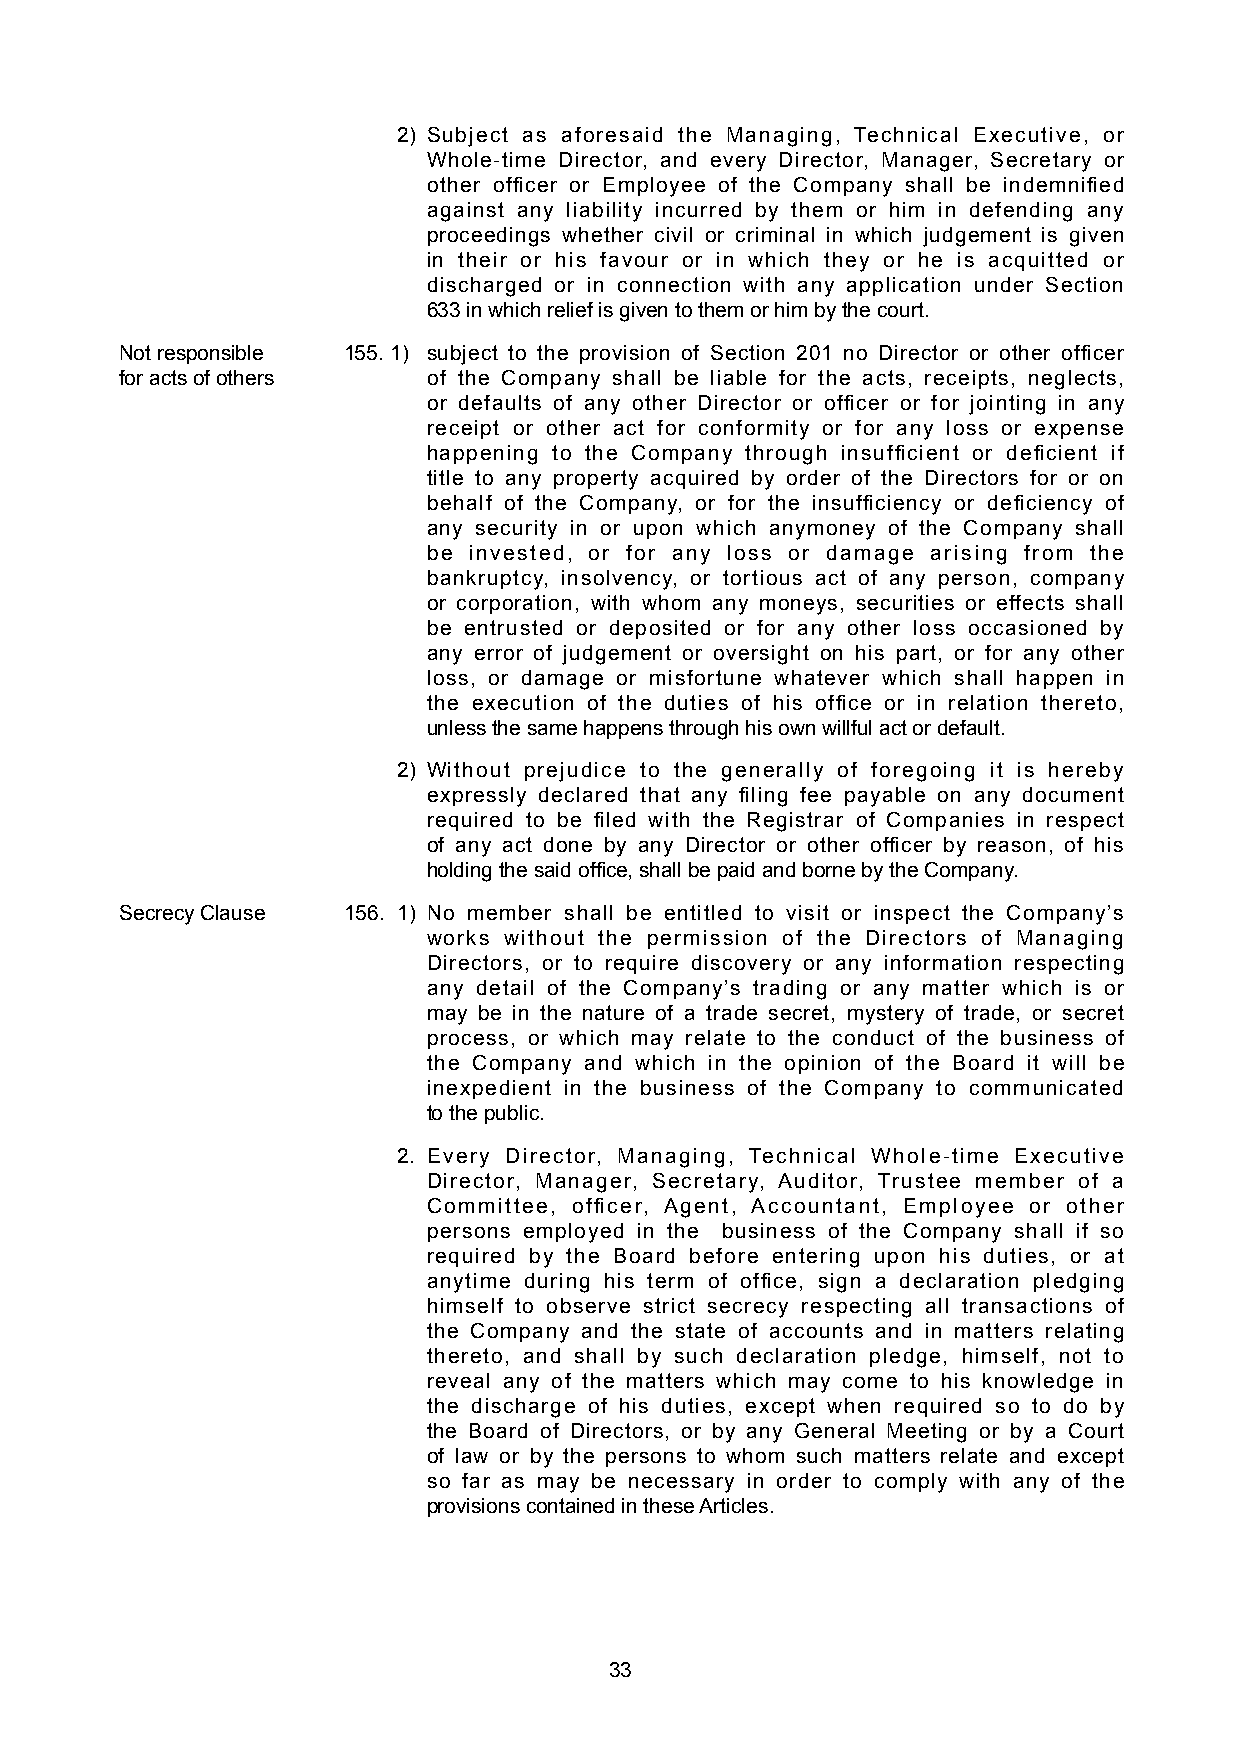
2) Subject as aforesaid the Managing, Technical Executive, or
 Whole- time Director, and every Director, Manager, Secretary or
 other officer or Employee of the Company shall be indemnified
 against any liability incurred by them or him in defending any
 proceedings whether civil or criminal in which judgement is given
 in their or his favour or in which they or he is acquitted or
 discharged or in connection with any application under Section
 633 in which relief is given to them or him by the court.
 Not responsible 155. 1) subject to the provision of Section 201 no Director or other officer
 for acts of others  of the Company shall be liable for the acts, receipts, neglects,
 or defaults of any other Director or officer or for jointing in any
 receipt or other act for conformity or for any loss or expense
 happening to the Company through insufficient or deficient if
 title to any property acquired by order of the Directors for or on
 behalf of the Company, or for the insufficiency or deficiency of
 any security in or upon which anymoney of the Company shall
 be invested, or for any loss or damage arising from the
 bankruptcy, insolvency, or tortious act of any person, company
 or corporation, with whom any moneys, securities or effects shall
 be entrusted or deposited or for any other loss occasioned by
 any error of judgement or oversight on his part, or for any other
 loss, or damage or misfortune whatever which shall happen in
 the execution of the duties of his office or in relation thereto,
 unless the same happens through his own willful act or default.
 2) Without prejudice to the generally of foregoing it is hereby
 expressly declared that any filing fee payable on any document
 required to be filed with the Registrar of Companies in respect
 of any act done by any Director or other officer by reason, of his
 holding the said office, shall be paid and borne by the Company.
 Secrecy Clause 156. 1) No member shall be entitled to visit or inspect the Company’s
 works without the permission of the Directors of Managing
 Directors, or to require discovery or any information respecting
 any detail of the Company’s trading or any matter which is or
 may be in the nature of a trade secret, mystery of trade, or secret
 process, or which may relate to the conduct of the business of
 the Company and which in the opinion of the Board it will be
 inexpedient in the business of the Company to communicated
 to the public.
 2. Every Director, Managing, Technical Whole-time Executive
 Director, Manager, Secretary, Auditor, Trustee member of a
 Committee, officer, Agent, Accountant, Employee or other
 persons employed in the business of the Company shall if so
 required by the Board before entering upon his duties, or at
 anytime during his term of office, sign a declaration pledging
 himself to observe strict secrecy respecting all transactions of
 the Company and the state of accounts and in matters relating
 thereto, and shall by such declaration pledge, himself, not to
 reveal any of the matters which may come to his knowledge in
 the discharge of his duties, except when required so to do by
 the Board of Directors, or by any General Meeting or by a Court
 of law or by the persons to whom such matters relate and except
 so far as may be necessary in order to comply with any of the
 provisions contained in these Articles.
 33